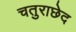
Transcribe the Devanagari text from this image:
चतुराछेद